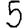
Digit: 5